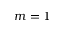
m = 1